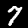
Digit: 7